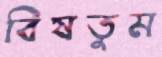
বিষতুম